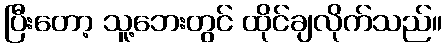
ပြီးတော့ သူ့ဘေးတွင် ထိုင်ချလိုက်သည်။